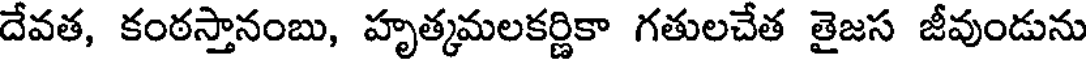
దేవత, కంఠస్తానంబు, హృత్మమలకర్ణికా గతులచేత తైజస జీవుండును